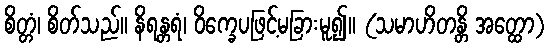
စိတ္တံ၊ စိတ်သည်။ နိရန္တရံ၊ ဝိက္ခေပဖြင့်မခြားမူ၍။ (သမာဟိတန္တိ အတ္ထော)